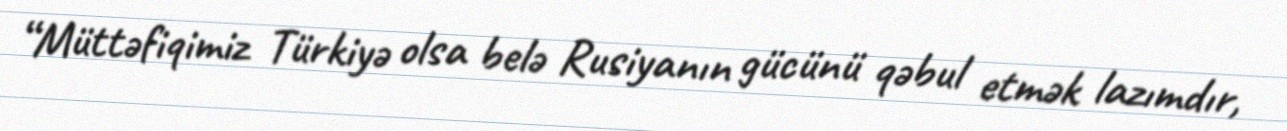
“Müttəfiqimiz Türkiyə olsa belə Rusiyanın gücünü qəbul etmək lazımdır,